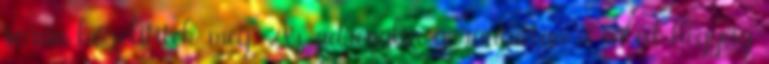
során közelítitek meg. Az adrenalin garantáltan a füled hegyéig